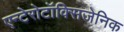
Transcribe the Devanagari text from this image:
एन्टेरोटॉक्सिजेनिक